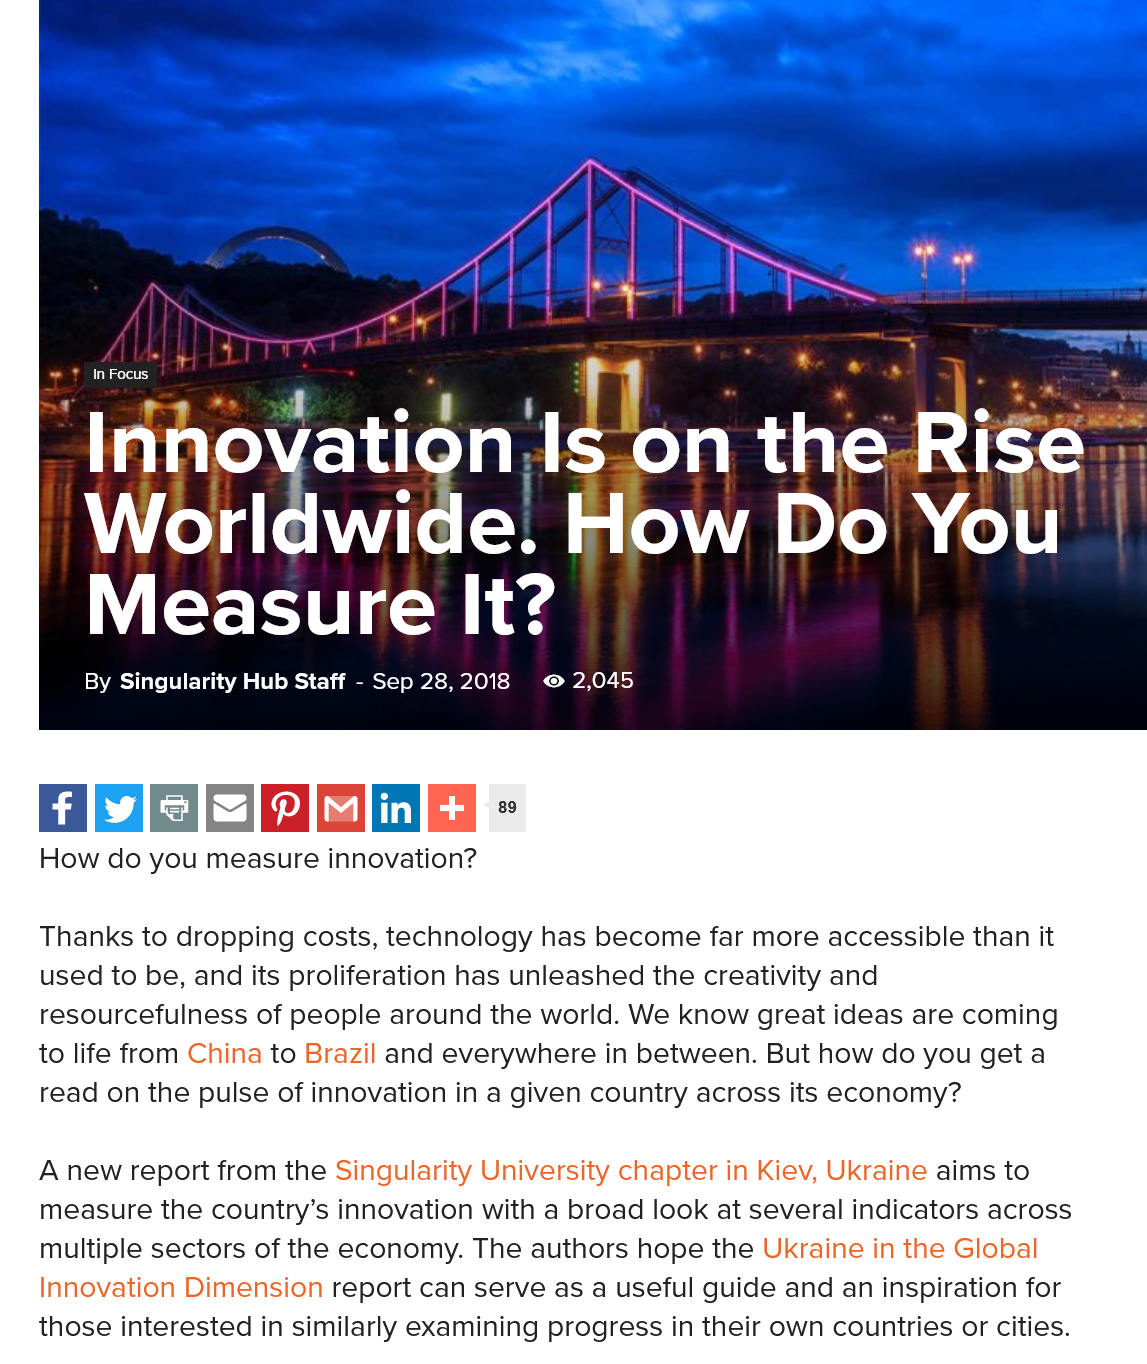
tll)
     Se
     eI

   ahs

     i}

     aaa
     sane
     I
     r
     OY
     r    /
     |
     ry
     vation,    as
     Sarat    a
     F
     easure    It?
     By Singularity Hub Staff
     - Sep 28,2018 © 2,045
     Innov    =)    ae    ce    on    the    ade   t=)
     Worldwide.    How    Do    You
     Measure    It?
     By Singularity Hub Staff
     - Sep 28,2018 © 2,045
    ae  Ad    4   0d  Dod Ta) fe
   How  do you measure innovation?
   Thanks to dropping costs, technology has become far more accessible than it
   used to be, and its proliferation has unleashed the creativity and
   resourcefulness of people around the world. We know great ideas are coming
   to life from China to Brazil and everywhere in between. But how do you get a
   read on the pulse of innovation in a given country across its economy?
   A new report from the Singularity University chapter in Kiev, Ukraine aims to
   measure  the country’s innovation with a broad look at several indicators across
   multiple sectors of the economy. The authors hope the Ukraine in the Global
   Innovation Dimension report can serve as a useful guide and an inspiration for
   those interested in similarly examining progress in their own countries or cities.